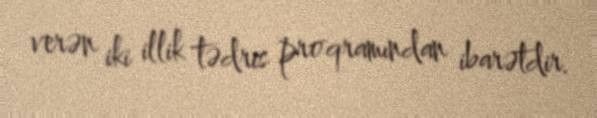
verən iki illik tədris proqramından ibarətdir.